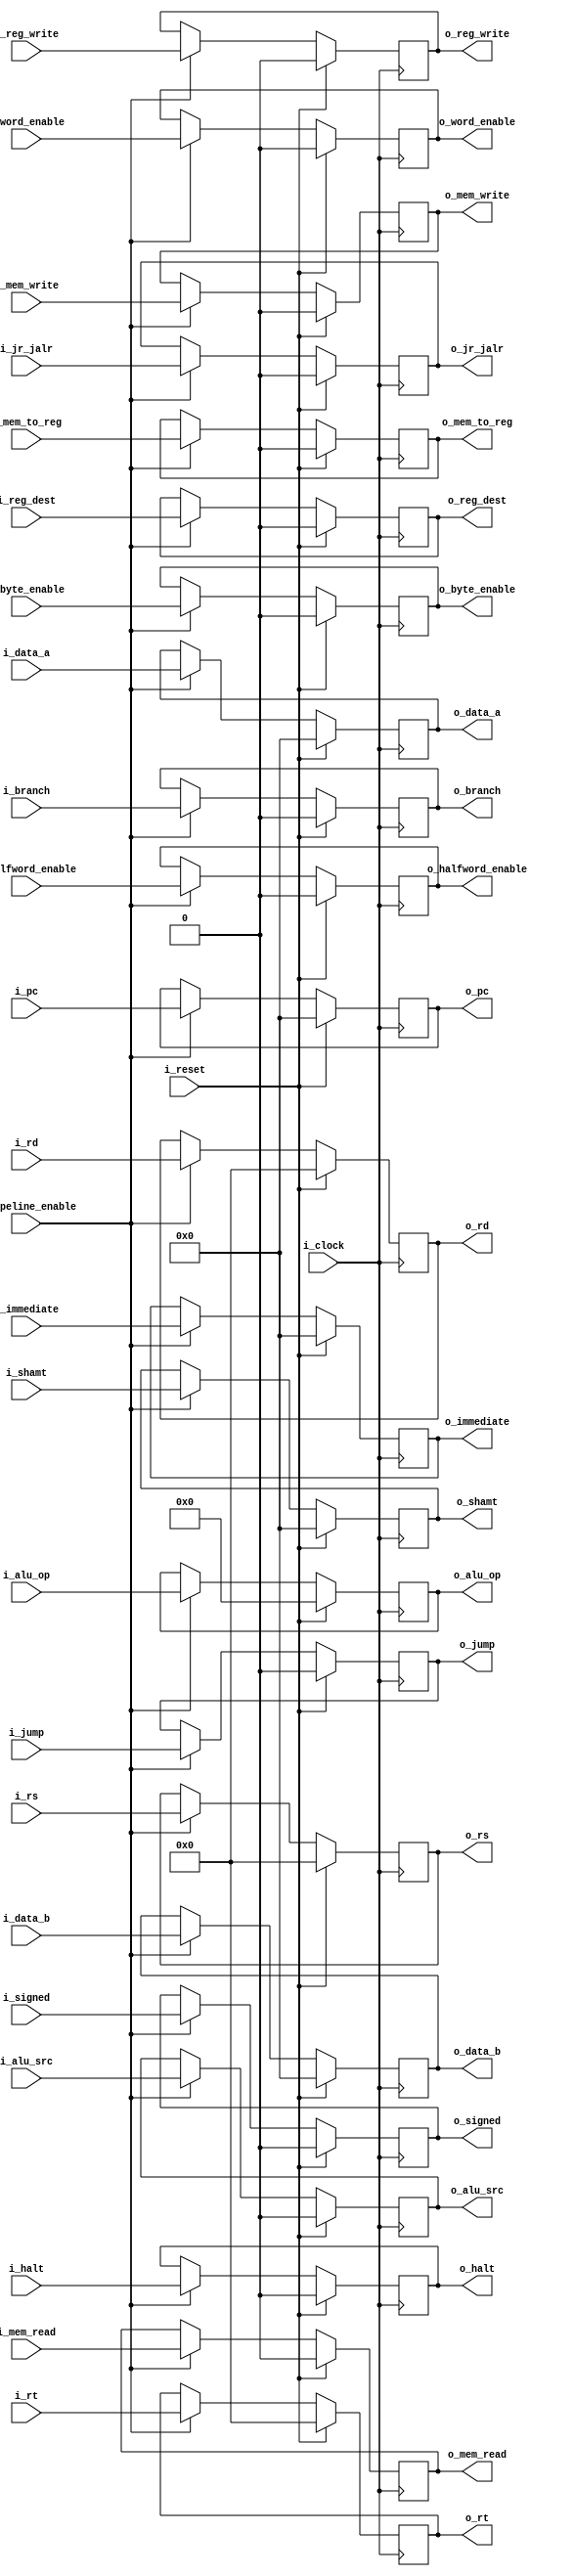
`timescale 1ns / 1ps

module ID_EX_reg#(
        parameter NB_ALU_OP   = 6,
        parameter NB_IMM      = 32,
        parameter NB_PC       = 32,
        parameter NB_DATA     = 32,
        parameter NB_REG      = 5
    )
    (
        input                    i_clock,
        input                    i_reset,
        input                    i_pipeline_enable,
        input                    i_signed,
        input                    i_reg_write,
        input                    i_mem_to_reg,
        input                    i_mem_read,
        input                    i_mem_write,
        input                    i_branch,
        input                    i_alu_src,
        input                    i_reg_dest,
        input  [NB_ALU_OP-1:0]   i_alu_op,
        input  [NB_PC-1:0]       i_pc,
        input  [NB_DATA-1:0]     i_data_a,
        input  [NB_DATA-1:0]     i_data_b,
        input  [NB_IMM-1:0]      i_immediate,
        input  [NB_DATA-1:0]     i_shamt,
        input  [NB_REG-1:0]      i_rt,
        input  [NB_REG-1:0]      i_rd,
        input  [NB_REG-1:0]      i_rs,
        input                    i_byte_enable,
        input                    i_halfword_enable,
        input                    i_word_enable,
        input                    i_halt,
        input                    i_jump,
        input                    i_jr_jalr,
        
        output                   o_signed,
        output                   o_reg_write,
        output                   o_mem_to_reg,
        output                   o_mem_read,
        output                   o_mem_write,
        output                   o_branch,
        output                   o_alu_src,
        output                   o_reg_dest,
        output [NB_ALU_OP-1:0]   o_alu_op,
        output [NB_PC-1:0]       o_pc,
        output [NB_DATA-1:0]     o_data_a,
        output [NB_DATA-1:0]     o_data_b,
        output [NB_IMM-1:0]      o_immediate,
        output [NB_DATA-1:0]     o_shamt,
        output [NB_REG-1:0]      o_rt,
        output [NB_REG-1:0]      o_rd,
        output [NB_REG-1:0]      o_rs,
        output                   o_byte_enable,
        output                   o_halfword_enable,
        output                   o_word_enable,
        output                   o_halt,
        output                   o_jump,
        output                   o_jr_jalr
    );
    
    reg                 signed_flag;
    reg                 reg_write;
    reg                 mem_to_reg;
    reg                 mem_read;
    reg                 mem_write;
    reg                 branch;
    reg                 alu_src;
    reg                 reg_dest;
    reg [NB_ALU_OP-1:0] alu_op;
    reg [NB_PC-1:0]     pc;
    reg [NB_DATA-1:0]   data_a;
    reg [NB_DATA-1:0]   data_b;
    reg [NB_IMM-1:0]    immediate;
    reg [NB_DATA-1:0]   shamt;
    reg [NB_REG-1:0]    rt;
    reg [NB_REG-1:0]    rd;
    reg [NB_REG-1:0]    rs;
    reg                 byte_enable;
    reg                 halfword_enable;
    reg                 word_enable;
    reg                 halt;
    reg                 jump;
    reg                 jr_jalr;

    always @(negedge i_clock) begin
        if(i_reset) begin
            signed_flag         <= 1'b0;
            reg_write           <= 1'b0;
            mem_to_reg          <= 1'b0;
            mem_read            <= 1'b0;
            mem_write           <= 1'b0;
            branch              <= 1'b0;
            alu_src             <= 1'b0;
            reg_dest            <= 1'b0;
            alu_op              <= 6'b0;
            pc                  <= 32'b0;
            data_a              <= 32'b0;
            data_b              <= 32'b0;
            immediate           <= 32'b0;
            shamt               <= 32'b0;
            rt                  <= 5'b0;
            rd                  <= 5'b0;
            rs                  <= 5'b0;
            byte_enable         <= 1'b0;
            halfword_enable     <= 1'b0;
            word_enable         <= 1'b0;
            halt                <= 1'b0;
            jump                <= 1'b0;
            jr_jalr             <= 1'b0;
        end
        else begin
            if(i_pipeline_enable) begin
                signed_flag         <= i_signed;
                reg_write           <= i_reg_write;
                mem_to_reg          <= i_mem_to_reg;
                mem_read            <= i_mem_read;
                mem_write           <= i_mem_write;
                branch              <= i_branch;
                alu_src             <= i_alu_src;
                reg_dest            <= i_reg_dest;
                alu_op              <= i_alu_op;
                pc                  <= i_pc;
                data_a              <= i_data_a;
                data_b              <= i_data_b;
                immediate           <= i_immediate;
                shamt               <= i_shamt;
                rt                  <= i_rt;
                rd                  <= i_rd;
                rs                  <= i_rs;
                byte_enable         <= i_byte_enable;
                halfword_enable     <= i_halfword_enable;
                word_enable         <= i_word_enable;
                halt                <= i_halt;
                jump                <= i_jump;
                jr_jalr             <= i_jr_jalr;
            end
            else begin
                signed_flag         <= signed_flag;
                reg_write           <= reg_write;
                mem_to_reg          <= mem_to_reg;
                mem_read            <= mem_read;
                mem_write           <= mem_write;
                branch              <= branch;
                alu_src             <= alu_src;
                reg_dest            <= reg_dest;
                alu_op              <= alu_op;
                pc                  <= pc;
                data_a              <= data_a;
                data_b              <= data_b;
                immediate           <= immediate;
                shamt               <= shamt;
                rt                  <= rt;
                rd                  <= rd;
                rs                  <= rs;
                byte_enable         <= byte_enable;
                halfword_enable     <= halfword_enable;
                word_enable         <= word_enable;
                halt                <= halt;
                jump                <= jump;
                jr_jalr             <= jr_jalr;
            end
        end
    end

    assign o_signed             = signed_flag;
    assign o_reg_write          = reg_write;
    assign o_mem_to_reg         = mem_to_reg;
    assign o_mem_read           = mem_read;
    assign o_mem_write          = mem_write;
    assign o_branch             = branch;
    assign o_alu_src            = alu_src;
    assign o_reg_dest           = reg_dest;
    assign o_alu_op             = alu_op;
    assign o_pc                 = pc;
    assign o_data_a             = data_a;
    assign o_data_b             = data_b;
    assign o_immediate          = immediate;
    assign o_shamt              = shamt;
    assign o_rt                 = rt;
    assign o_rd                 = rd;
    assign o_rs                 = rs;
    assign o_byte_enable        = byte_enable;
    assign o_halfword_enable    = halfword_enable;
    assign o_word_enable        = word_enable;
    assign o_halt               = halt;
    assign o_jump               = jump;
    assign o_jr_jalr            = jr_jalr;
    
endmodule